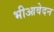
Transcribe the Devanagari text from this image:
भीआवेदन